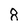
Character: 8